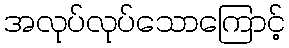
အလုပ်လုပ်သောကြောင့်